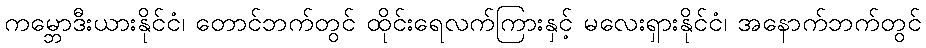
ကမ္ဘောဒီးယားနိုင်ငံ၊ တောင်ဘက်တွင် ထိုင်းရေလက်ကြားနှင့် မလေးရှားနိုင်ငံ၊ အနောက်ဘက်တွင်